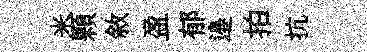
米顆敘盈郁邉拍抗